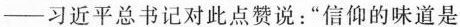
习近平总书记对此点赞说：”信仰的味道是